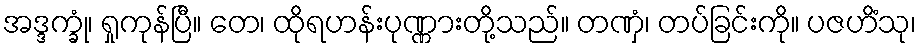
အဒ္ဒက္ခုံ၊ ရှုကုန်ပြီ။ တေ၊ ထိုရဟန်းပုဏ္ဏားတို့သည်။ တဏှံ၊ တပ်ခြင်းကို။ ပဇဟိံသု၊